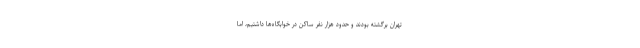
تهران برگشته بودند و حدود هزار نفر ساکن در خوابگاه‌ها داشتیم، اما